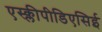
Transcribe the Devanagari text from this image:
एस्क्लीपीडिएसिई